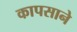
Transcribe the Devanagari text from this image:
कापसाने